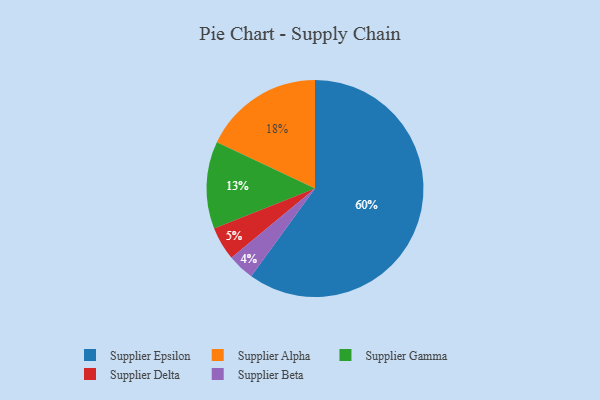
{"axis": {"x": "Category", "y": "Percentage"}, "legend": ["Supplier Alpha", "Supplier Beta", "Supplier Delta", "Supplier Epsilon", "Supplier Gamma"], "data": [{"x": "Supplier Epsilon", "y": 60, "type": "Supplier Epsilon"}, {"x": "Supplier Beta", "y": 4, "type": "Supplier Beta"}, {"x": "Supplier Alpha", "y": 18, "type": "Supplier Alpha"}, {"x": "Supplier Gamma", "y": 13, "type": "Supplier Gamma"}, {"x": "Supplier Delta", "y": 5, "type": "Supplier Delta"}]}